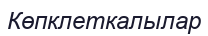
Көпклеткалылар